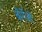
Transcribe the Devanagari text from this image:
बौर्गेओं